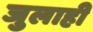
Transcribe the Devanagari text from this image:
जुलाही